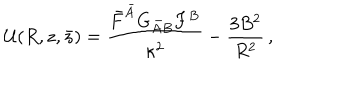
{ \cal U } ( R , z , \bar { z } ) = \frac { \bar { F } ^ { \bar { A } } G _ { \bar { A } B } F ^ { B } } { \kappa ^ { 2 } } - \frac { 3 B ^ { 2 } } { R ^ { 2 } } \, ,